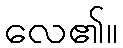
လေ၏။